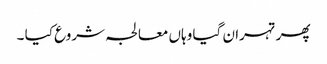
پھر تہران گیا وہاں معالجہ شروع کیا ۔